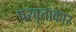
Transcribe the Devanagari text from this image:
परवृताकार